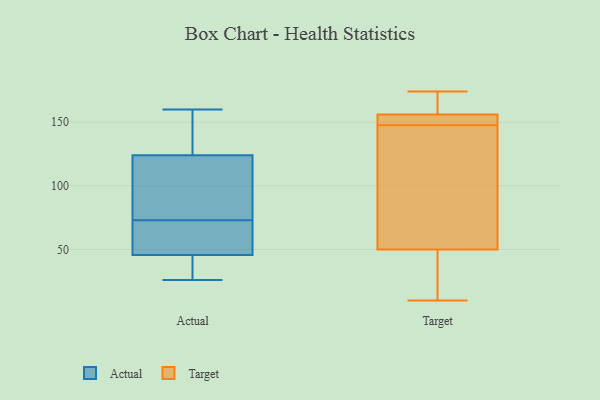
{"axis": {"x": "Budget (USD K)", "y": "Value"}, "legend": ["Actual", "Target"], "data": [{"x": "", "y": 88, "type": "Actual"}, {"x": "", "y": 64, "type": "Actual"}, {"x": "", "y": 26, "type": "Actual"}, {"x": "", "y": 136, "type": "Actual"}, {"x": "", "y": 144, "type": "Actual"}, {"x": "", "y": 160, "type": "Actual"}, {"x": "", "y": 40, "type": "Actual"}, {"x": "", "y": 73, "type": "Actual"}, {"x": "", "y": 37, "type": "Actual"}, {"x": "", "y": 76, "type": "Actual"}, {"x": "", "y": 63, "type": "Actual"}, {"x": "", "y": 152, "type": "Target"}, {"x": "", "y": 144, "type": "Target"}, {"x": "", "y": 12, "type": "Target"}, {"x": "", "y": 10, "type": "Target"}, {"x": "", "y": 63, "type": "Target"}, {"x": "", "y": 151, "type": "Target"}, {"x": "", "y": 156, "type": "Target"}, {"x": "", "y": 174, "type": "Target"}, {"x": "", "y": 160, "type": "Target"}, {"x": "", "y": 50, "type": "Target"}]}